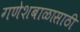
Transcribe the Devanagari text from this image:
गणेशबाळासाठी